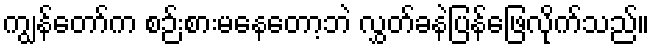
ကျွန်တော်က စဉ်းစားမနေတော့ဘဲ လွှတ်ခနဲပြန်ဖြေလိုက်သည်။